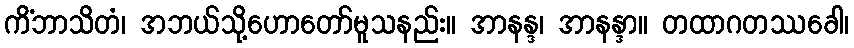
ကိံဘာသိတံ၊ အဘယ်သို့ဟောတော်မူသနည်း။ အာနန္ဒ၊ အာနန္ဒာ။ တထာဂတဿခေါ၊